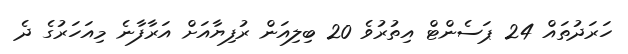
ހަރަދުތައް 24 ޕަސެންޓް އިތުރުވެ 20 ބިލިއަން ރުފިޔާއަށް އަރާފާނެ މިއަހަރުގެ ދެ